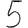
Digit: 5